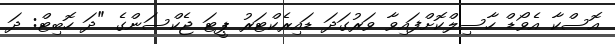
އޮސްކާ އެވޯޑް ހާސިލްކޮށްފައިވާ ވަރުގަދަ ޑައިރެކްޓަރު ޕީޓަ ޖެކްސަންގެ "ދަ ހޮބިޓް: ދަ